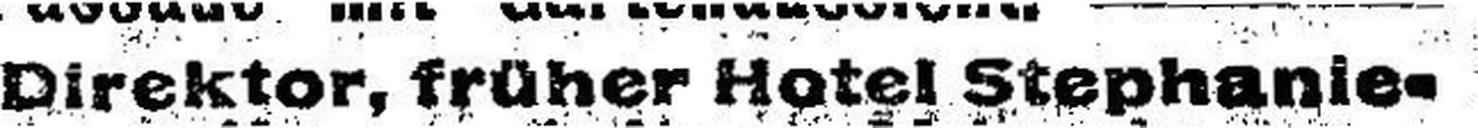
Direktor, früher Hotel Stephanie-